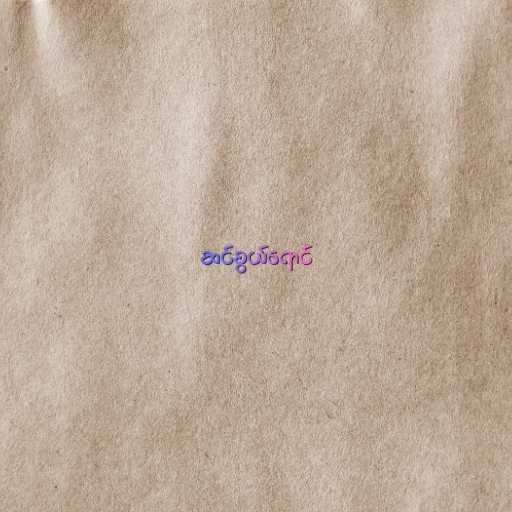
ဆင်စွယ်ရောင်